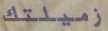
زميلتك